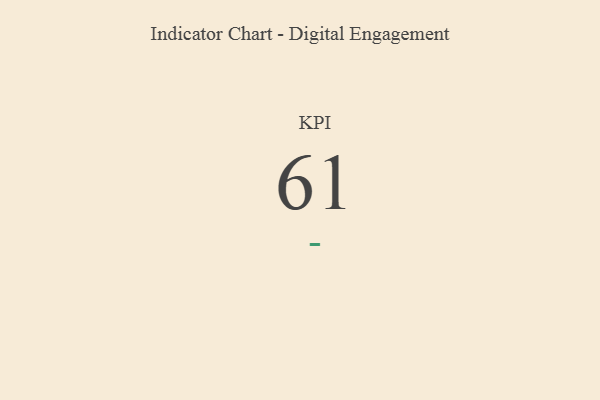
{"axis": {"x": "KPI", "y": "Value"}, "legend": [""], "data": [{"x": "KPI", "y": 61, "type": ""}]}